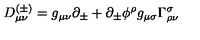
D _ { \mu \nu } ^ { ( \pm ) } = g _ { \mu \nu } \partial _ { \pm } + \partial _ { \pm } \phi ^ { \rho } g _ { \mu \sigma } \Gamma _ { \rho \nu } ^ { \sigma }